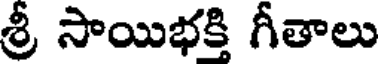
శ్రీ సాయిభక్తి గీతాలు